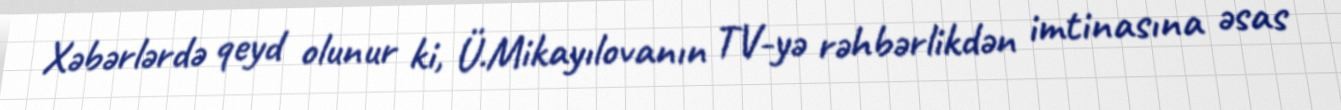
Xəbərlərdə qeyd olunur ki, Ü.Mikayılovanın TV-yə rəhbərlikdən imtinasına əsas